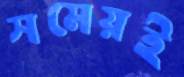
সমেয়ই